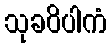
သုခဝိပါကံ